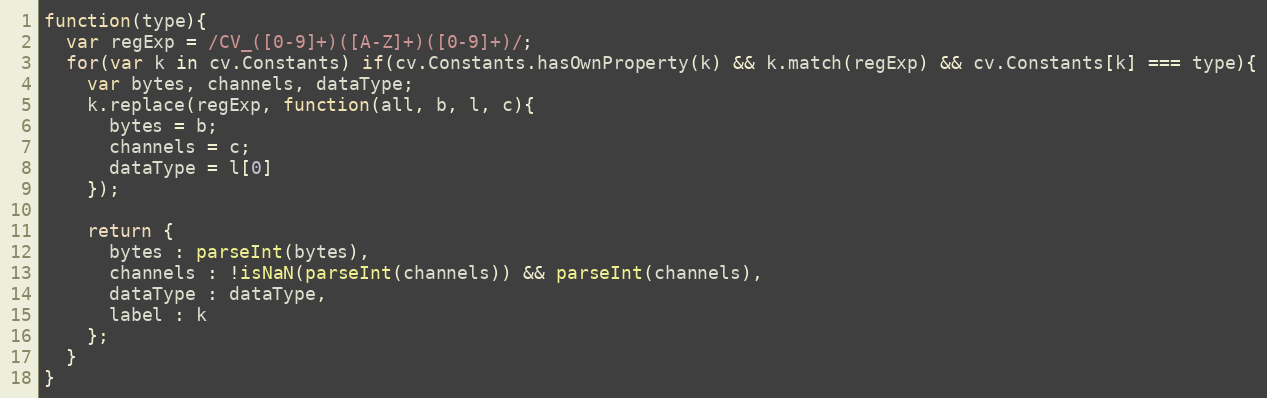
Language: JavaScript
function(type){
  var regExp = /CV_([0-9]+)([A-Z]+)([0-9]+)/;
  for(var k in cv.Constants) if(cv.Constants.hasOwnProperty(k) && k.match(regExp) && cv.Constants[k] === type){
    var bytes, channels, dataType;
    k.replace(regExp, function(all, b, l, c){
      bytes = b;
      channels = c;
      dataType = l[0]
    });

    return {
      bytes : parseInt(bytes),
      channels : !isNaN(parseInt(channels)) && parseInt(channels),
      dataType : dataType,
      label : k
    };
  }
}